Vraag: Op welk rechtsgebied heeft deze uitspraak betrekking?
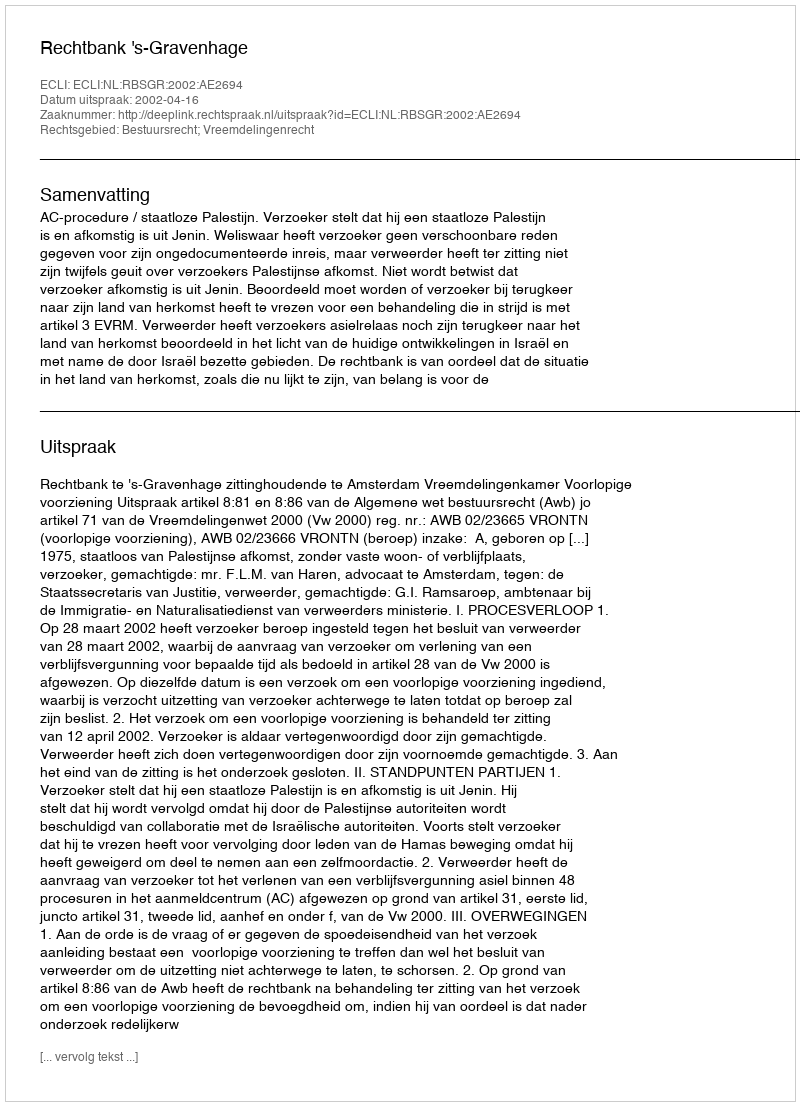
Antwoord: Bestuursrecht; Vreemdelingenrecht